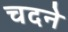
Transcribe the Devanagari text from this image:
चदने